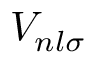
V _ { n l \sigma }